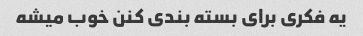
یه فکری برای بسته بندی کنن خوب میشه